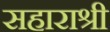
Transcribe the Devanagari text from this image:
सहाराश्री